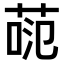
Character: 𫈕